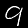
Digit: 9